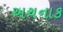
અચનાક